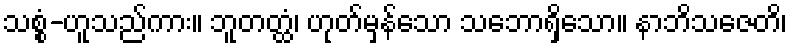
သစ္စံ-ဟူသည်ကား။ ဘူတတ္ထံ၊ ဟုတ်မှန်သော သဘောရှိသော။ နာဘိသဇေတိ၊